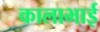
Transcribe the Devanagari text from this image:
कालाभाई